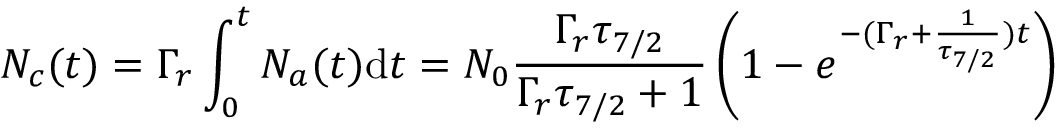
N _ { c } ( t ) = \Gamma _ { r } \int _ { 0 } ^ { t } N _ { a } ( t ) \mathrm { d } t = N _ { 0 } { \frac { \Gamma _ { r } \tau _ { 7 / 2 } } { \Gamma _ { r } \tau _ { 7 / 2 } + 1 } } \left( 1 - e ^ { - ( \Gamma _ { r } + { \frac { 1 } { \tau _ { 7 / 2 } } } ) t } \right)